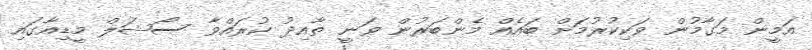
އަމީން މަގާމުން ވަކިކުރުމަށް ބައެއް މެންބަރުން ވަނީ ތާއިދު ކުރައްވާ ސޯޝަލް މީޑިއާގައި